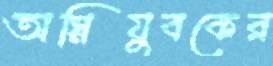
অগ্নিযুবকের